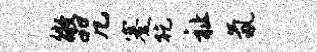
徵咒蹇乾祉氤